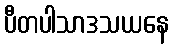
ပီတပါသာဒသယနေ